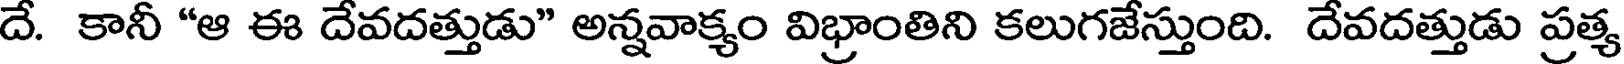
దే. కానీ "ఆ ఈ దేవదత్తుడు" అన్నవాక్యం విభ్రాంతిని కలుగజేస్తుంది. దేవదత్తుడు ప్రత్య